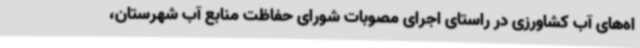
اه‌های آب کشاورزی در راستای اجرای مصوبات شورای حفاظت منابع آب شهرستان،